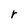
Character: r